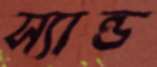
স্যান্ড